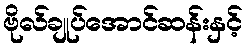
ဗိုလ်ချုပ်အောင်ဆန်းနှင့်